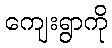
ကျေးရွာကို